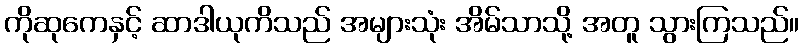
ကိုဆုကေနှင့် ဆာဒါယုကိသည် အများသုံး အိမ်သာသို့ အတူ သွားကြသည်။